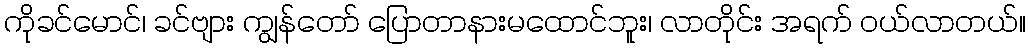
ကိုခင်မောင်၊ ခင်ဗျား ကျွန်တော် ပြောတာနားမထောင်ဘူး၊ လာတိုင်း အရက် ဝယ်လာတယ်။